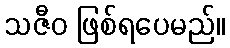
သဇီဝ ဖြစ်ရပေမည်။